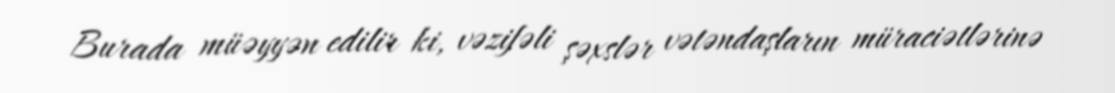
Burada müəyyən edilir ki, vəzifəli şəxslər vətəndaşların müraciətlərinə